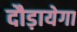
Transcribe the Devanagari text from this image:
दौड़ायेगा